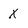
Character: X